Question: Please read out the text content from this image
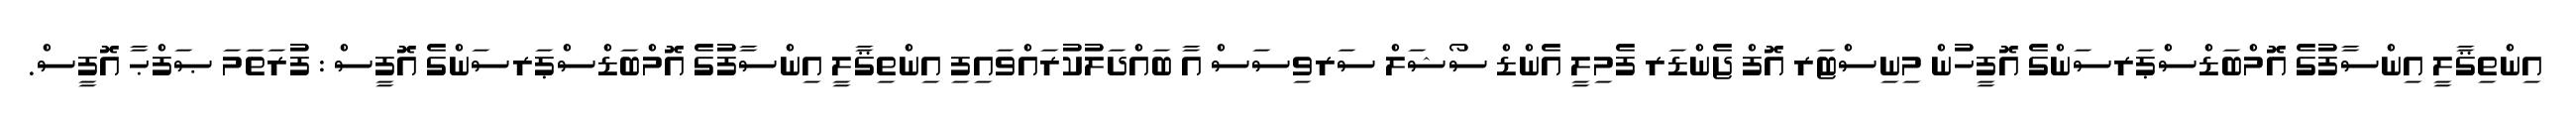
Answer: އިންތިޤާލީ އިންސާފުގެ އޮމްބަޑްސްޕަރސަންގެ އޮފީހުން މިނިސްޓަރ އޮފް ޖެންޑަރ ފެމިލީ އެންޑް ސޯޝަލް ސަރވިސަސް އާ ބައްދަލުކުރައްވައިފި އިންތިޤާލީ އިންސާފުގެ އޮމްބަޑްސްޕަރސަންގެ އޮފީސް : ފުރަތަމަ ޞަފްޙާ އޮފީސް.